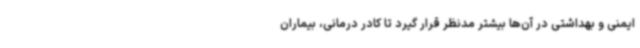
ایمنی و بهداشتی در آن‌ها بیشتر مدنظر قرار گیرد تا کادر درمانی، بیماران